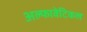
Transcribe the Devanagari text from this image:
अल्फावेटिकल